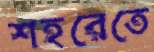
শহরেতে